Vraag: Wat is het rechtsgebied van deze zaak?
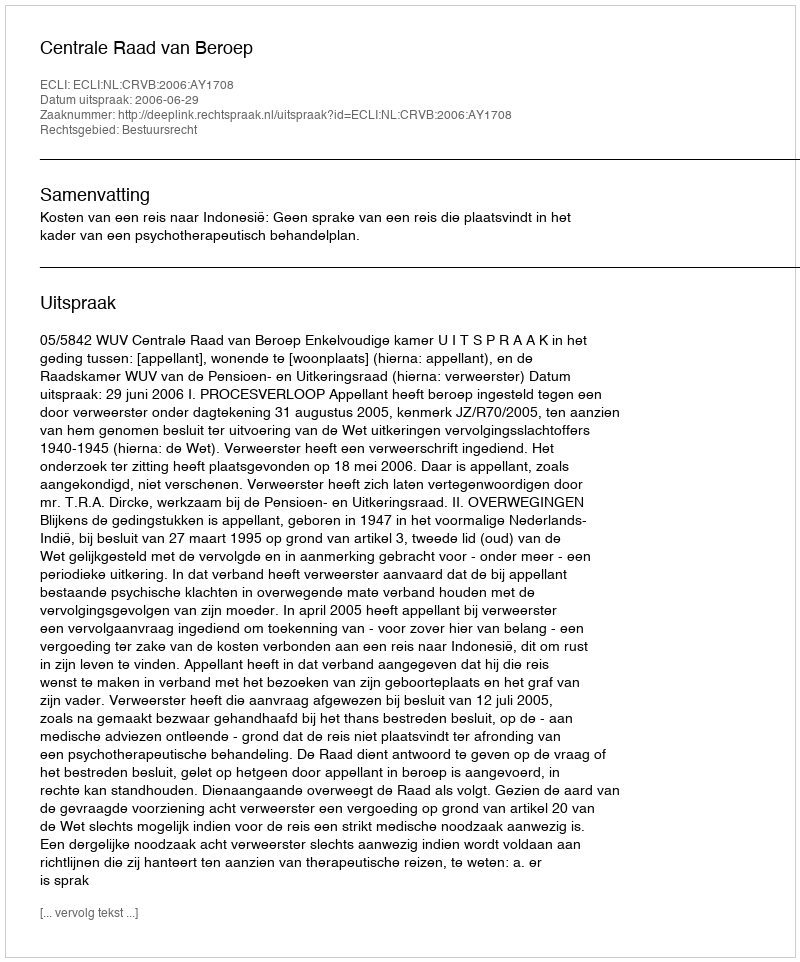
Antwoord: Bestuursrecht